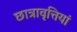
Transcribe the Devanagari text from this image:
छात्रावृत्तियां